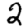
Digit: 2